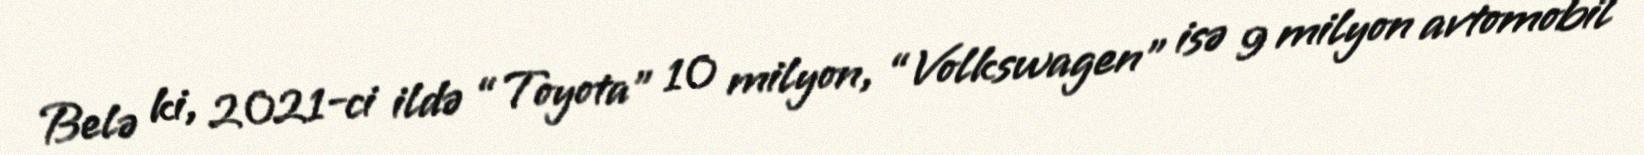
Belə ki, 2021-ci ildə “Toyota” 10 milyon, “Volkswagen” isə 9 milyon avtomobil